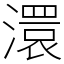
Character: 澴